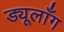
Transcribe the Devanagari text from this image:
ड्यूलाँग